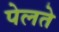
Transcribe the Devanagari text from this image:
पेलते